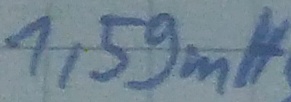
Text: 1,59mH